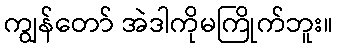
ကျွန်တော် အဲဒါကိုမကြိုက်ဘူး။